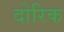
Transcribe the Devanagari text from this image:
दोरिक